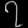
Digit: ၇